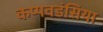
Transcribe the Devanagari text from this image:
कप्पवडंसिया